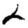
Digit: 2